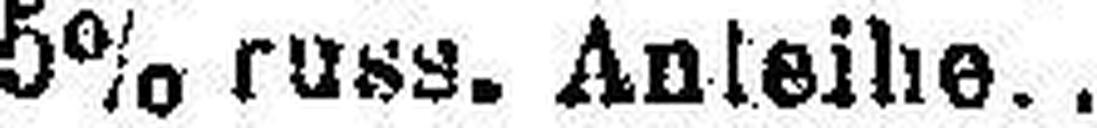
5% russ. Anleihe..